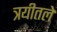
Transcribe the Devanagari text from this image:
त्रयीतले